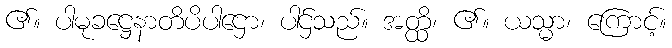
၏။ ပါမုခဋ္ဌေနာတိပိပါဌော၊ ပါဌ်သည်။ အတ္ထိ၊ ၏။ ယသ္မာ၊ ကြောင့်။